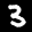
Label: 3